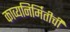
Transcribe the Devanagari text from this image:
काव्यनिर्मितीची